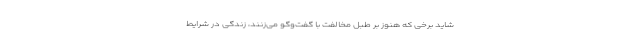
شاید برخی که هنوز بر طبل مخالفت با گفت‌وگو می‌زنند، زندگی در شرایط